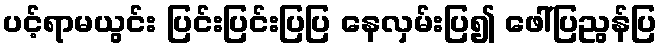
ပင့်ရာမယွင်း ပြင်းပြင်းပြပြ နေလှမ်းပြ၍ ဖေါ်ပြညွန်ပြ